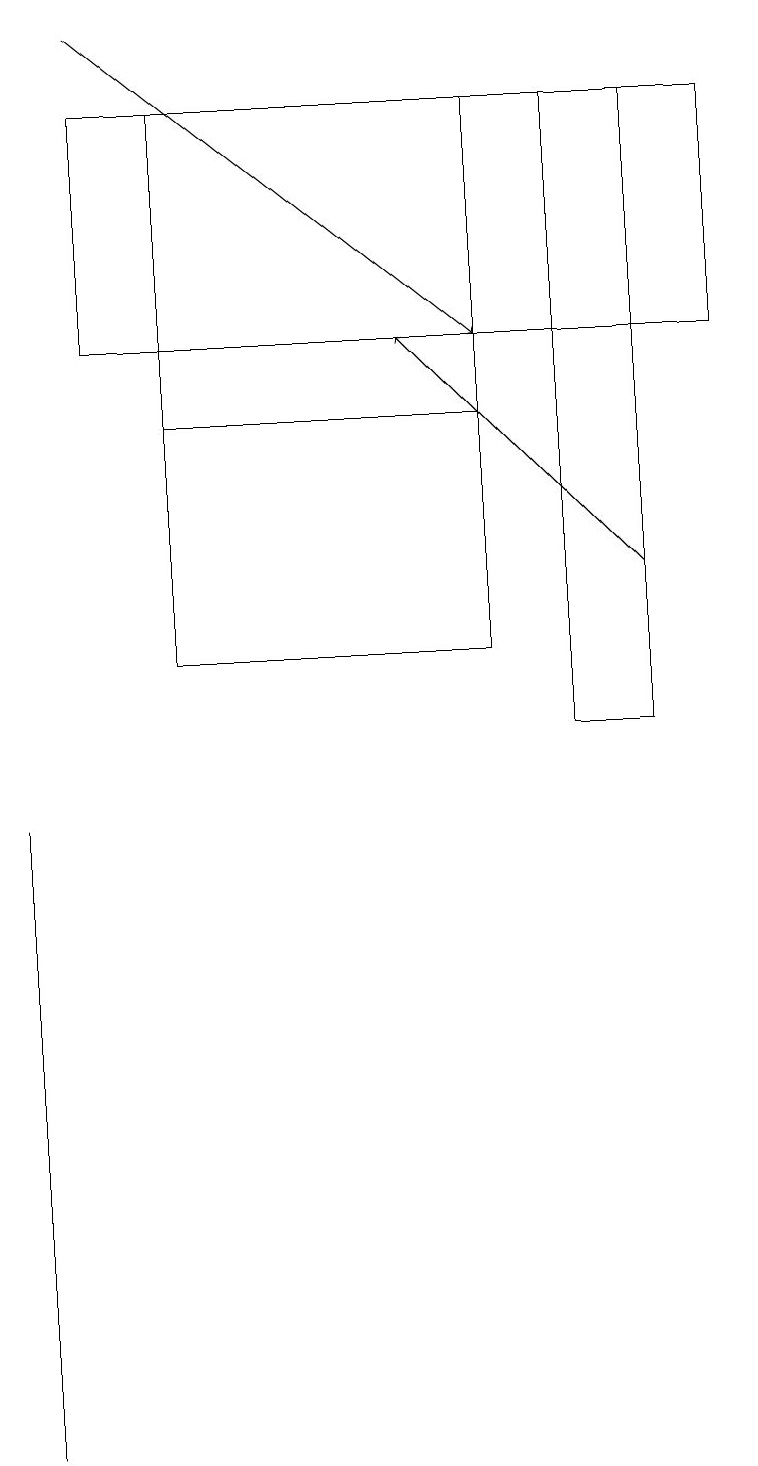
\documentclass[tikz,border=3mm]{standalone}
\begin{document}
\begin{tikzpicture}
\draw (2,14) rectangle (6,18);
\draw[->] (8,12) -- (5,15);
\draw (2,11) rectangle (6,15);
\draw[->] (1,19) -- (6,15);
\draw (0,9) -- (0,1) -- (0,4) -- cycle;
\draw (7,18) rectangle (8,10);
\draw (9,15) rectangle (1,18);
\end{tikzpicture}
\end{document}